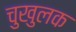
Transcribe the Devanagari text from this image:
चुखुलक